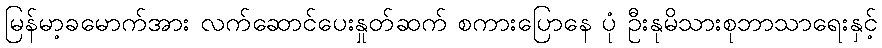
မြန်မာ့ခမောက်အား လက်ဆောင်ပေးနှုတ်ဆက် စကားပြောနေ ပုံ ဦးနုမိသားစုဘာသာရေးနှင့်